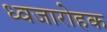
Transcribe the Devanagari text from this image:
ध्वजारोहक